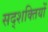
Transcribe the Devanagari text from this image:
सद्शक्तियों